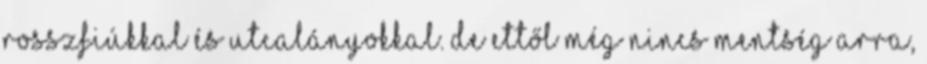
rosszfiúkkal és utcalányokkal. De ettől még nincs mentség arra,